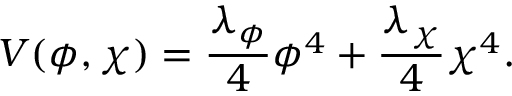
V ( \phi , \chi ) = { \frac { \lambda _ { \phi } } { 4 } } \phi ^ { 4 } + { \frac { \lambda _ { \chi } } { 4 } } \chi ^ { 4 } .